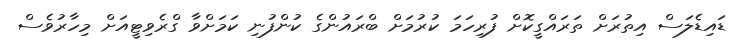
ޑައިޑެލަސް އިތުރަށް ތަރައްގީކޮށް ފުރިހަމަ ކުރުމަށް ބްރައުންގެ ކުންފުނި ކަމަށްވާ ގްރެވިޓީއަށް މިހާރުވެސް